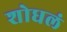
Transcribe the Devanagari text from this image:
शोधलं